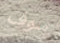
سوف